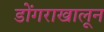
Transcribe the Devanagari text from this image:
डोंगराखालून